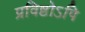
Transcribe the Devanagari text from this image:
प्रविष्टोऽपि